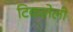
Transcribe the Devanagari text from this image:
टिकलेली